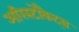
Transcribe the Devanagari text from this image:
अरिस्टोकैट्स